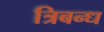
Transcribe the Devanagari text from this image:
त्रिबन्ध